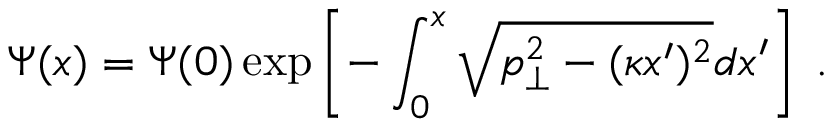
\Psi ( x ) = \Psi ( 0 ) \exp \left[ - \int _ { 0 } ^ { x } \sqrt { p _ { \perp } ^ { 2 } - ( \kappa x ^ { \prime } ) ^ { 2 } } d x ^ { \prime } \right] \; .